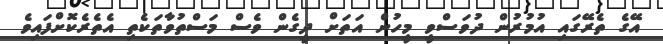
އޭގެ ތެރޭގައި އުމުރުން ދުވަސްވީ މީހުން އަތަށް ދީގެން ވެސް މަސްތުވާތަކެތި އެތެރެކޮށްފައިވެ